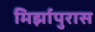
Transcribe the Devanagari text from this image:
मिर्झापुरास